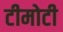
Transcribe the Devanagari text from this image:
टीमोटी